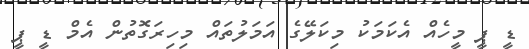
ޑީ ޕީ މީހެއް އެކަމަކު މިކަލޭގެ އަމަލުތައް މިހިރަގޮތުން އެމް ޑީ ޕީ